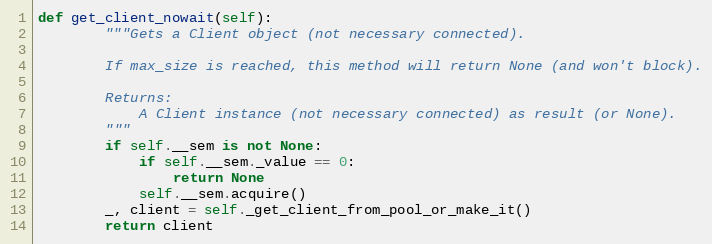
Language: Python
def get_client_nowait(self):
        """Gets a Client object (not necessary connected).

        If max_size is reached, this method will return None (and won't block).

        Returns:
            A Client instance (not necessary connected) as result (or None).
        """
        if self.__sem is not None:
            if self.__sem._value == 0:
                return None
            self.__sem.acquire()
        _, client = self._get_client_from_pool_or_make_it()
        return client